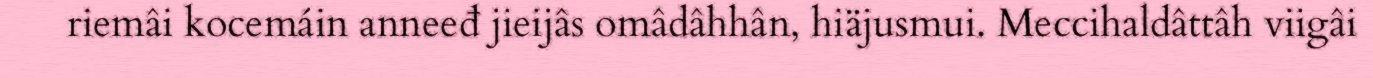
riemâi kocemáin anneeđ jieijâs omâdâhhân, hiäjusmui. Meccihaldâttâh viigâi